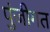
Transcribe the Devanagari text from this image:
पुंजीगत